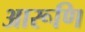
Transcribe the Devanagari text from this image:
आरूणि